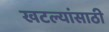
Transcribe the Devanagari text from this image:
खटल्यांसाठी